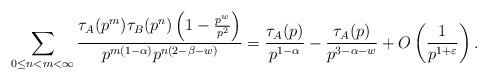
LaTeX: \begin{align*}\sum_{ 0\leq n<m <\infty } \frac{\tau_A(p^{m}) \tau_B(p^{n}) \left( 1-\frac{p^w}{p^{2}} \right)}{ p^{m(1-\alpha)} p^{n(2-\beta-w)} } = \frac{\tau_A(p )}{ p^{ 1-\alpha } } - \frac{\tau_A(p ) }{ p^{ 3-\alpha-w } }+ O\left( \frac{1}{p^{1+\varepsilon}}\right).\end{align*}